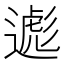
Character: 𬩃